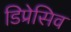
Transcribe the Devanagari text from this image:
डिप्रेसिव